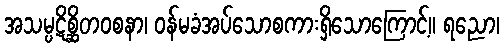
အသမ္ပဋိစ္ဆိတဝစနာ၊ ဝန်မခံအပ်သောစကားရှိသောကြောင့်။ ရညော၊